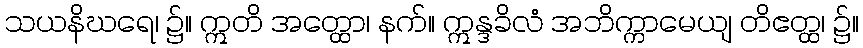
သယနိဃရေ၊ ၌။ ဣတိ အတ္ထော၊ နက်။ ဣန္ဒခိလံ အဘိက္ကာမေယျ တိဧတ္ထ၊ ၌။